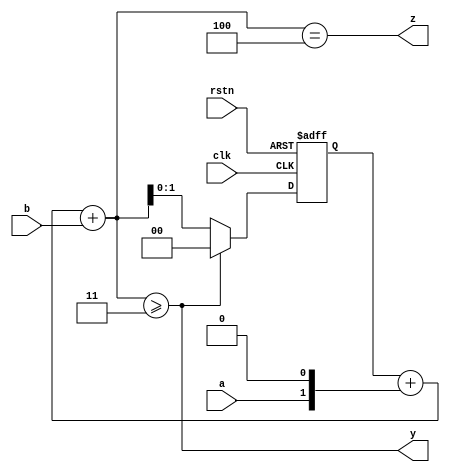
module vending_machine2(
    input clk,rstn,
    input a,b,
    output y,z
);
    reg [1:0] paid_pre;
    wire [2:0] paid;
    assign paid ={1'b0,paid_pre} +{1'b0,a,1'b0}+{2'b00,b};
    assign y=paid>=3;
    assign z=paid==4;
    always @(posedge clk or negedge rstn) begin
        if(!rstn) paid_pre <=0;
        else if(y==0) paid_pre <= paid;
        else paid_pre <=0;
    end
endmodule

//